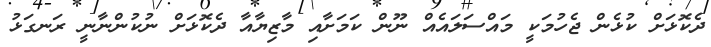
ދެކޮޅަށް ކުޅެން ޖެހުމަކީ މައްސަލައެއް ނޫން ކަމަށާއި މާޒިޔާއާ ދެކޮޅަށް ނުކުންނާނީ ރަނގަޅު